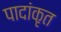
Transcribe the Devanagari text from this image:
पादांकृत